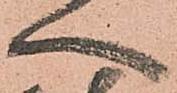
へ